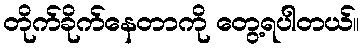
တိုက်ခိုက်နေတာကို တွေ့ရပါတယ်။